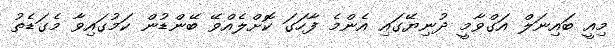
މިއީ ބައިނަލް އަގްވާމީ ދުނިޔޭގައި އެންމެ ފާހަގަ ކޮށްލެއްވޭ ބޭންޑުން ކަމުގައިވާ މެގަޑެތު